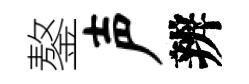
鏊声辨